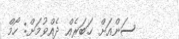
ސަންއަށް ޚަބަރެއް ދެއްވުމަށް: ހޯމް